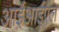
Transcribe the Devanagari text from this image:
आईआईएल